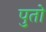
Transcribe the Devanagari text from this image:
पुतो